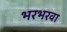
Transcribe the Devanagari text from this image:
भरभरवा